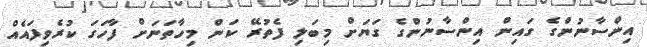
އިންސާނުންގެ ގައިން އިންސާނުންގެ ގަޔަށް މިބަލި ފެތުރޭ ކަން މިހާތަނަށް ފާހަގަ ކުރެވިފައެއް